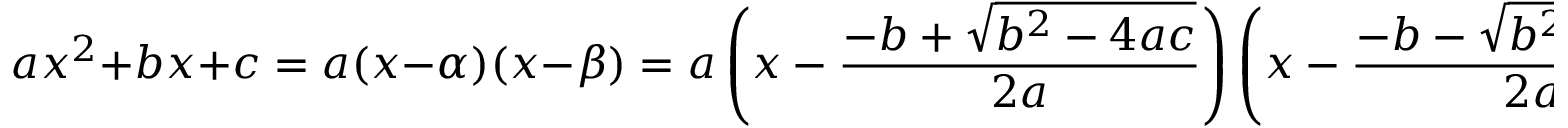
a x ^ { 2 } + b x + c = a ( x - \alpha ) ( x - \beta ) = a \left( x - { \frac { - b + { \sqrt { b ^ { 2 } - 4 a c } } } { 2 a } } \right) \left( x - { \frac { - b - { \sqrt { b ^ { 2 } - 4 a c } } } { 2 a } } \right) ,